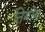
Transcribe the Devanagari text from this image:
तिमोग